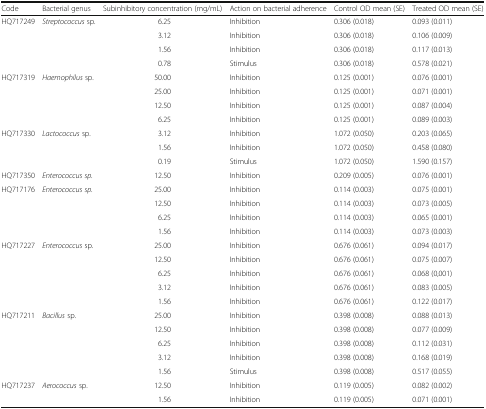
<table><thead><tr><td><b>Code</b></td><td><b>Bacterial genus</b></td><td><b>Subinhibitory concentration (mg/mL)</b></td><td><b>Action on bacterial adherence</b></td><td><b>Control OD mean (SE)</b></td><td><b>Treated OD mean (SE)</b></td></tr></thead><tbody><tr><td rowspan="4">HQ717249</td><td rowspan="4"><i>Streptococcus</i> sp.</td><td>6.25</td><td>Inhibition</td><td>0.306 (0.018)</td><td>0.093 (0.011)</td></tr><tr><td>3.12</td><td>Inhibition</td><td>0.306 (0.018)</td><td>0.106 (0.009)</td></tr><tr><td>1.56</td><td>Inhibition</td><td>0.306 (0.018)</td><td>0.117 (0.013)</td></tr><tr><td>0.78</td><td>Stimulus</td><td>0.306 (0.018)</td><td>0.578 (0.021)</td></tr><tr><td rowspan="4">HQ717319</td><td rowspan="4"><i>Haemophilus</i> sp.</td><td>50.00</td><td>Inhibition</td><td>0.125 (0.001)</td><td>0.076 (0.001)</td></tr><tr><td>25.00</td><td>Inhibition</td><td>0.125 (0.001)</td><td>0.071 (0.001)</td></tr><tr><td>12.50</td><td>Inhibition</td><td>0.125 (0.001)</td><td>0.087 (0.004)</td></tr><tr><td>6.25</td><td>Inhibition</td><td>0.125 (0.001)</td><td>0.089 (0.003)</td></tr><tr><td rowspan="3">HQ717330</td><td rowspan="3"><i>Lactococcus</i> sp.</td><td>3.12</td><td>Inhibition</td><td>1.072 (0.050)</td><td>0.203 (0.065)</td></tr><tr><td>1.56</td><td>Inhibition</td><td>1.072 (0.050)</td><td>0.458 (0.080)</td></tr><tr><td>0.19</td><td>Stimulus</td><td>1.072 (0.050)</td><td>1.590 (0.157)</td></tr><tr><td>HQ717350</td><td><i>Enterococcus sp.</i></td><td>12.50</td><td>Inhibition</td><td>0.209 (0.005)</td><td>0.076 (0.001)</td></tr><tr><td rowspan="4">HQ717176</td><td rowspan="4"><i>Enterococcus sp.</i></td><td>25.00</td><td>Inhibition</td><td>0.114 (0.003)</td><td>0.075 (0.001)</td></tr><tr><td>12.50</td><td>Inhibition</td><td>0.114 (0.003)</td><td>0.073 (0.005)</td></tr><tr><td>6.25</td><td>Inhibition</td><td>0.114 (0.003)</td><td>0.065 (0.001)</td></tr><tr><td>1.56</td><td>Inhibition</td><td>0.114 (0.003)</td><td>0.073 (0.003)</td></tr><tr><td rowspan="5">HQ717227</td><td rowspan="5"><i>Enterococcus</i> sp.</td><td>25.00</td><td>Inhibition</td><td>0.676 (0.061)</td><td>0.094 (0.017)</td></tr><tr><td>12.50</td><td>Inhibition</td><td>0.676 (0.061)</td><td>0.075 (0.007)</td></tr><tr><td>6.25</td><td>Inhibition</td><td>0.676 (0.061)</td><td>0.068 (0,001)</td></tr><tr><td>3.12</td><td>Inhibition</td><td>0.676 (0.061)</td><td>0.083 (0.005)</td></tr><tr><td>1.56</td><td>Inhibition</td><td>0.676 (0.061)</td><td>0.122 (0.017)</td></tr><tr><td rowspan="5">HQ717211</td><td rowspan="5"><i>Bacillus</i> sp.</td><td>25.00</td><td>Inhibition</td><td>0.398 (0.008)</td><td>0.088 (0.013)</td></tr><tr><td>12.50</td><td>Inhibition</td><td>0.398 (0.008)</td><td>0.077 (0.009)</td></tr><tr><td>6.25</td><td>Inhibition</td><td>0.398 (0.008)</td><td>0.112 (0.031)</td></tr><tr><td>3.12</td><td>Inhibition</td><td>0.398 (0.008)</td><td>0.168 (0.019)</td></tr><tr><td>1.56</td><td>Stimulus</td><td>0.398 (0.008)</td><td>0.517 (0.055)</td></tr><tr><td rowspan="2">HQ717237</td><td rowspan="2"><i>Aerococcus</i> sp.</td><td>12.50</td><td>Inhibition</td><td>0.119 (0.005)</td><td>0.082 (0.002)</td></tr><tr><td>1.56</td><td>Inhibition</td><td>0.119 (0.005)</td><td>0.071 (0.001)</td></tr></tbody></table>